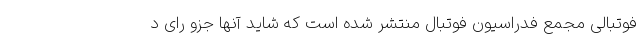
فوتبالی مجمع فدراسیون فوتبال منتشر شده است که شاید آنها جزو رای د